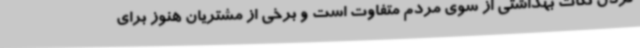
کردن نکات بهداشتی از سوی مردم متفاوت است و برخی از مشتریان هنوز برای